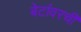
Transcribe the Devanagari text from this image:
बेटांवरची